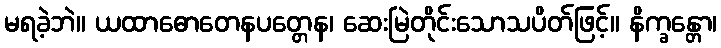
မရခဲ့ဘဲ။ ယထာဓောတေနပတ္တေန၊ ဆေးမြဲတိုင်းသောသပိတ်ဖြင့်။ နိက္ခန္တော၊